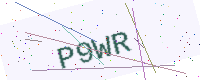
Text: P9WR